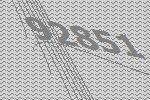
92851